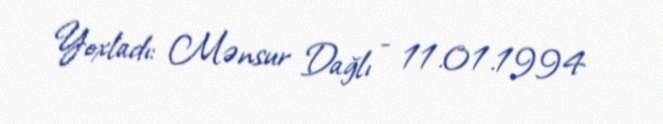
Yoxladı: Mənsur Dağlı - 11.01.1994